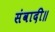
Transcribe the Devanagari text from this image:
संवादी॥